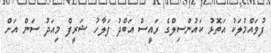
ފުވައްމުލަކު އަތޮޅު ކައުންސިލްގެ ރައީސް އަބްދު ފަލާހު ޝަރީފް މިއަދު ސަން އަށް